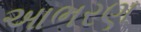
આભરણ